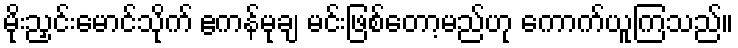
မိုးညှင်းမောင်သိုက် ဧကန်မုချ မင်းဖြစ်တော့မည်ဟု ကောက်ယူကြသည်။